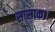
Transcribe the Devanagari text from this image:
सासाका।